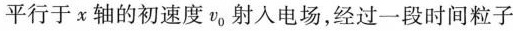
平行于x轴的初速度v _ {0} 射入电场，经过一段时间粒子